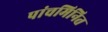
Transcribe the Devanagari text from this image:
पांचमिनित